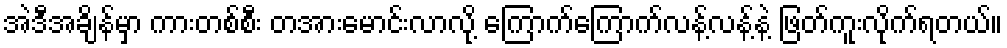
အဲဒီအချိန်မှာ ကားတစ်စီး တအားမောင်းလာလို့ ကြောက်ကြောက်လန့်လန့်နဲ့ ဖြတ်ကူးလိုက်ရတယ်။